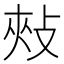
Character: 㪎